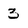
Character: 3